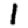
Digit: 1